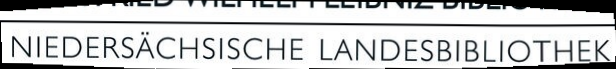
NIEDERSÄCHSISCHE LANDESBIBLIOTHEK